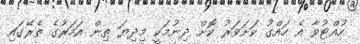
ހުއްޓުވާ އެ ހައްގު ކަށަވަރު ކޮށް ދިނުމަކީ މިދިޔަ ތިން އަހަރުގެ ތެރޭގައި